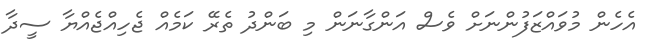
އެހެން މުވައްޒަފުންނަށް ވެސް އަންގާނަން މި ބަންދު ތެރޭ ކަމެއް ޖެހިއްޖެއްޔާ ސީދާ